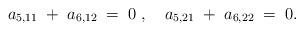
LaTeX: \begin{align*}a_{5,11} \;+\;a_{6,12}\;=\;0\;,\quad a_{5,21}\;+\;a_{6,22}\;=\;0 .\end{align*}